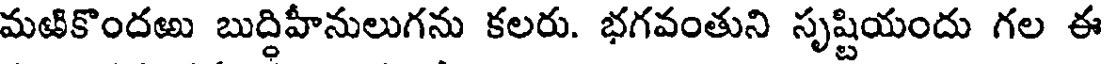
మఱికొందఱు బుద్ధిహీనులుగను కలరు. భగవంతుని సృష్టియందు గల ఈ